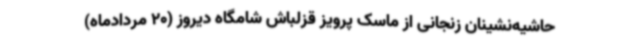
حاشیه‌نشینان زنجانی از ماسک پرویز قزلباش شامگاه دیروز (20 مردادماه)